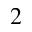
2